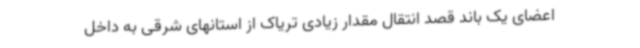
اعضای یک باند قصد انتقال مقدار زیادی تریاک از استانهای شرقی به داخل